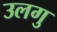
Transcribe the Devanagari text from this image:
उलगु